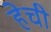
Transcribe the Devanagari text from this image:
हेची